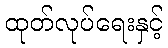
ထုတ်လုပ်ရေးနှင့်